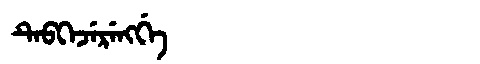
Manchu: ᡨᡝᠪᡴᡝᠵᡝᡵᡝᠩᡤᡝ
Romanization: TEBKEJERENGGE